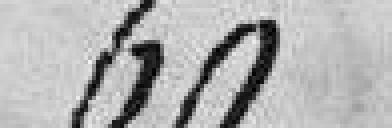
60